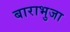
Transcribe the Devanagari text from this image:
बाराभुजा